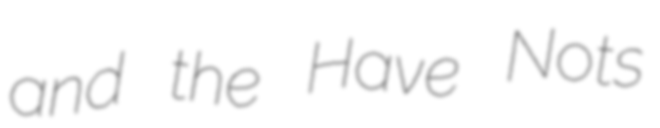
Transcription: and the Have Nots